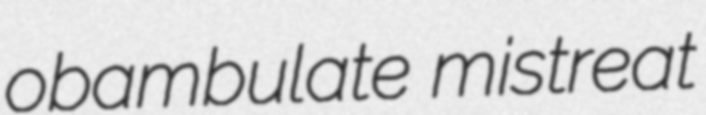
obambulate mistreat